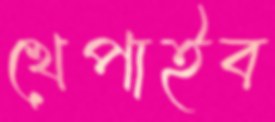
খেপাইব